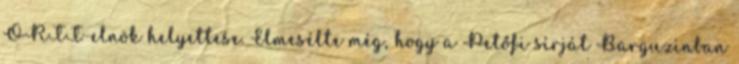
ORTT-elnök helyettese. Elmesélte még, hogy a Petőfi sírját Barguzinban